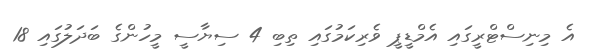
އެ މިނިސްޓްރީގައި އެމްޑީޕީ ވެރިކަމުގައި ތިބި 4 ސިޔާސީ މީހުންގެ ބަދަލުގައި 18